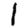
Digit: 1